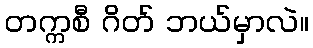
တက္ကစီ ဂိတ် ဘယ်မှာလဲ။